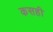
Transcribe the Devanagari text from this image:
कसही